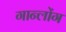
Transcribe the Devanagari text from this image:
गान्लोंग